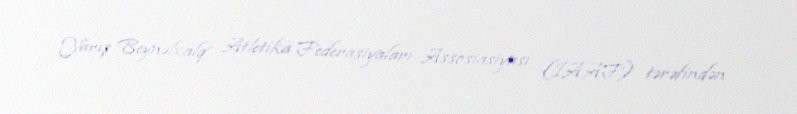
Yarış Beynəlxalq Atletika Federasiyaları Assosiasiyası (İAAF) tərəfindən